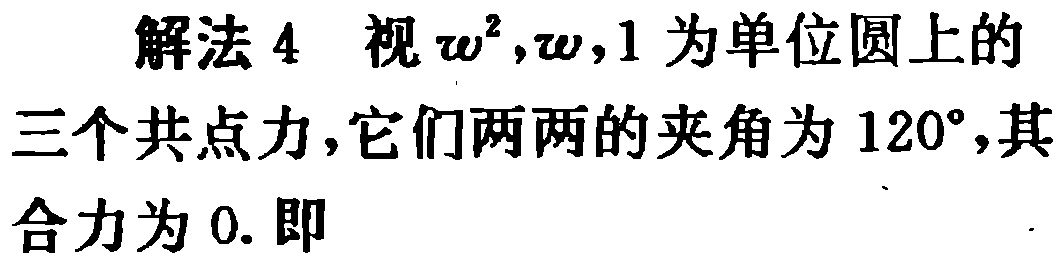
解法 4 视 $\omega^{2},\omega,1$ 为单位圆上的三个共点力，它们两两的夹角为 $120^{\circ}$，其合力为 0. 即